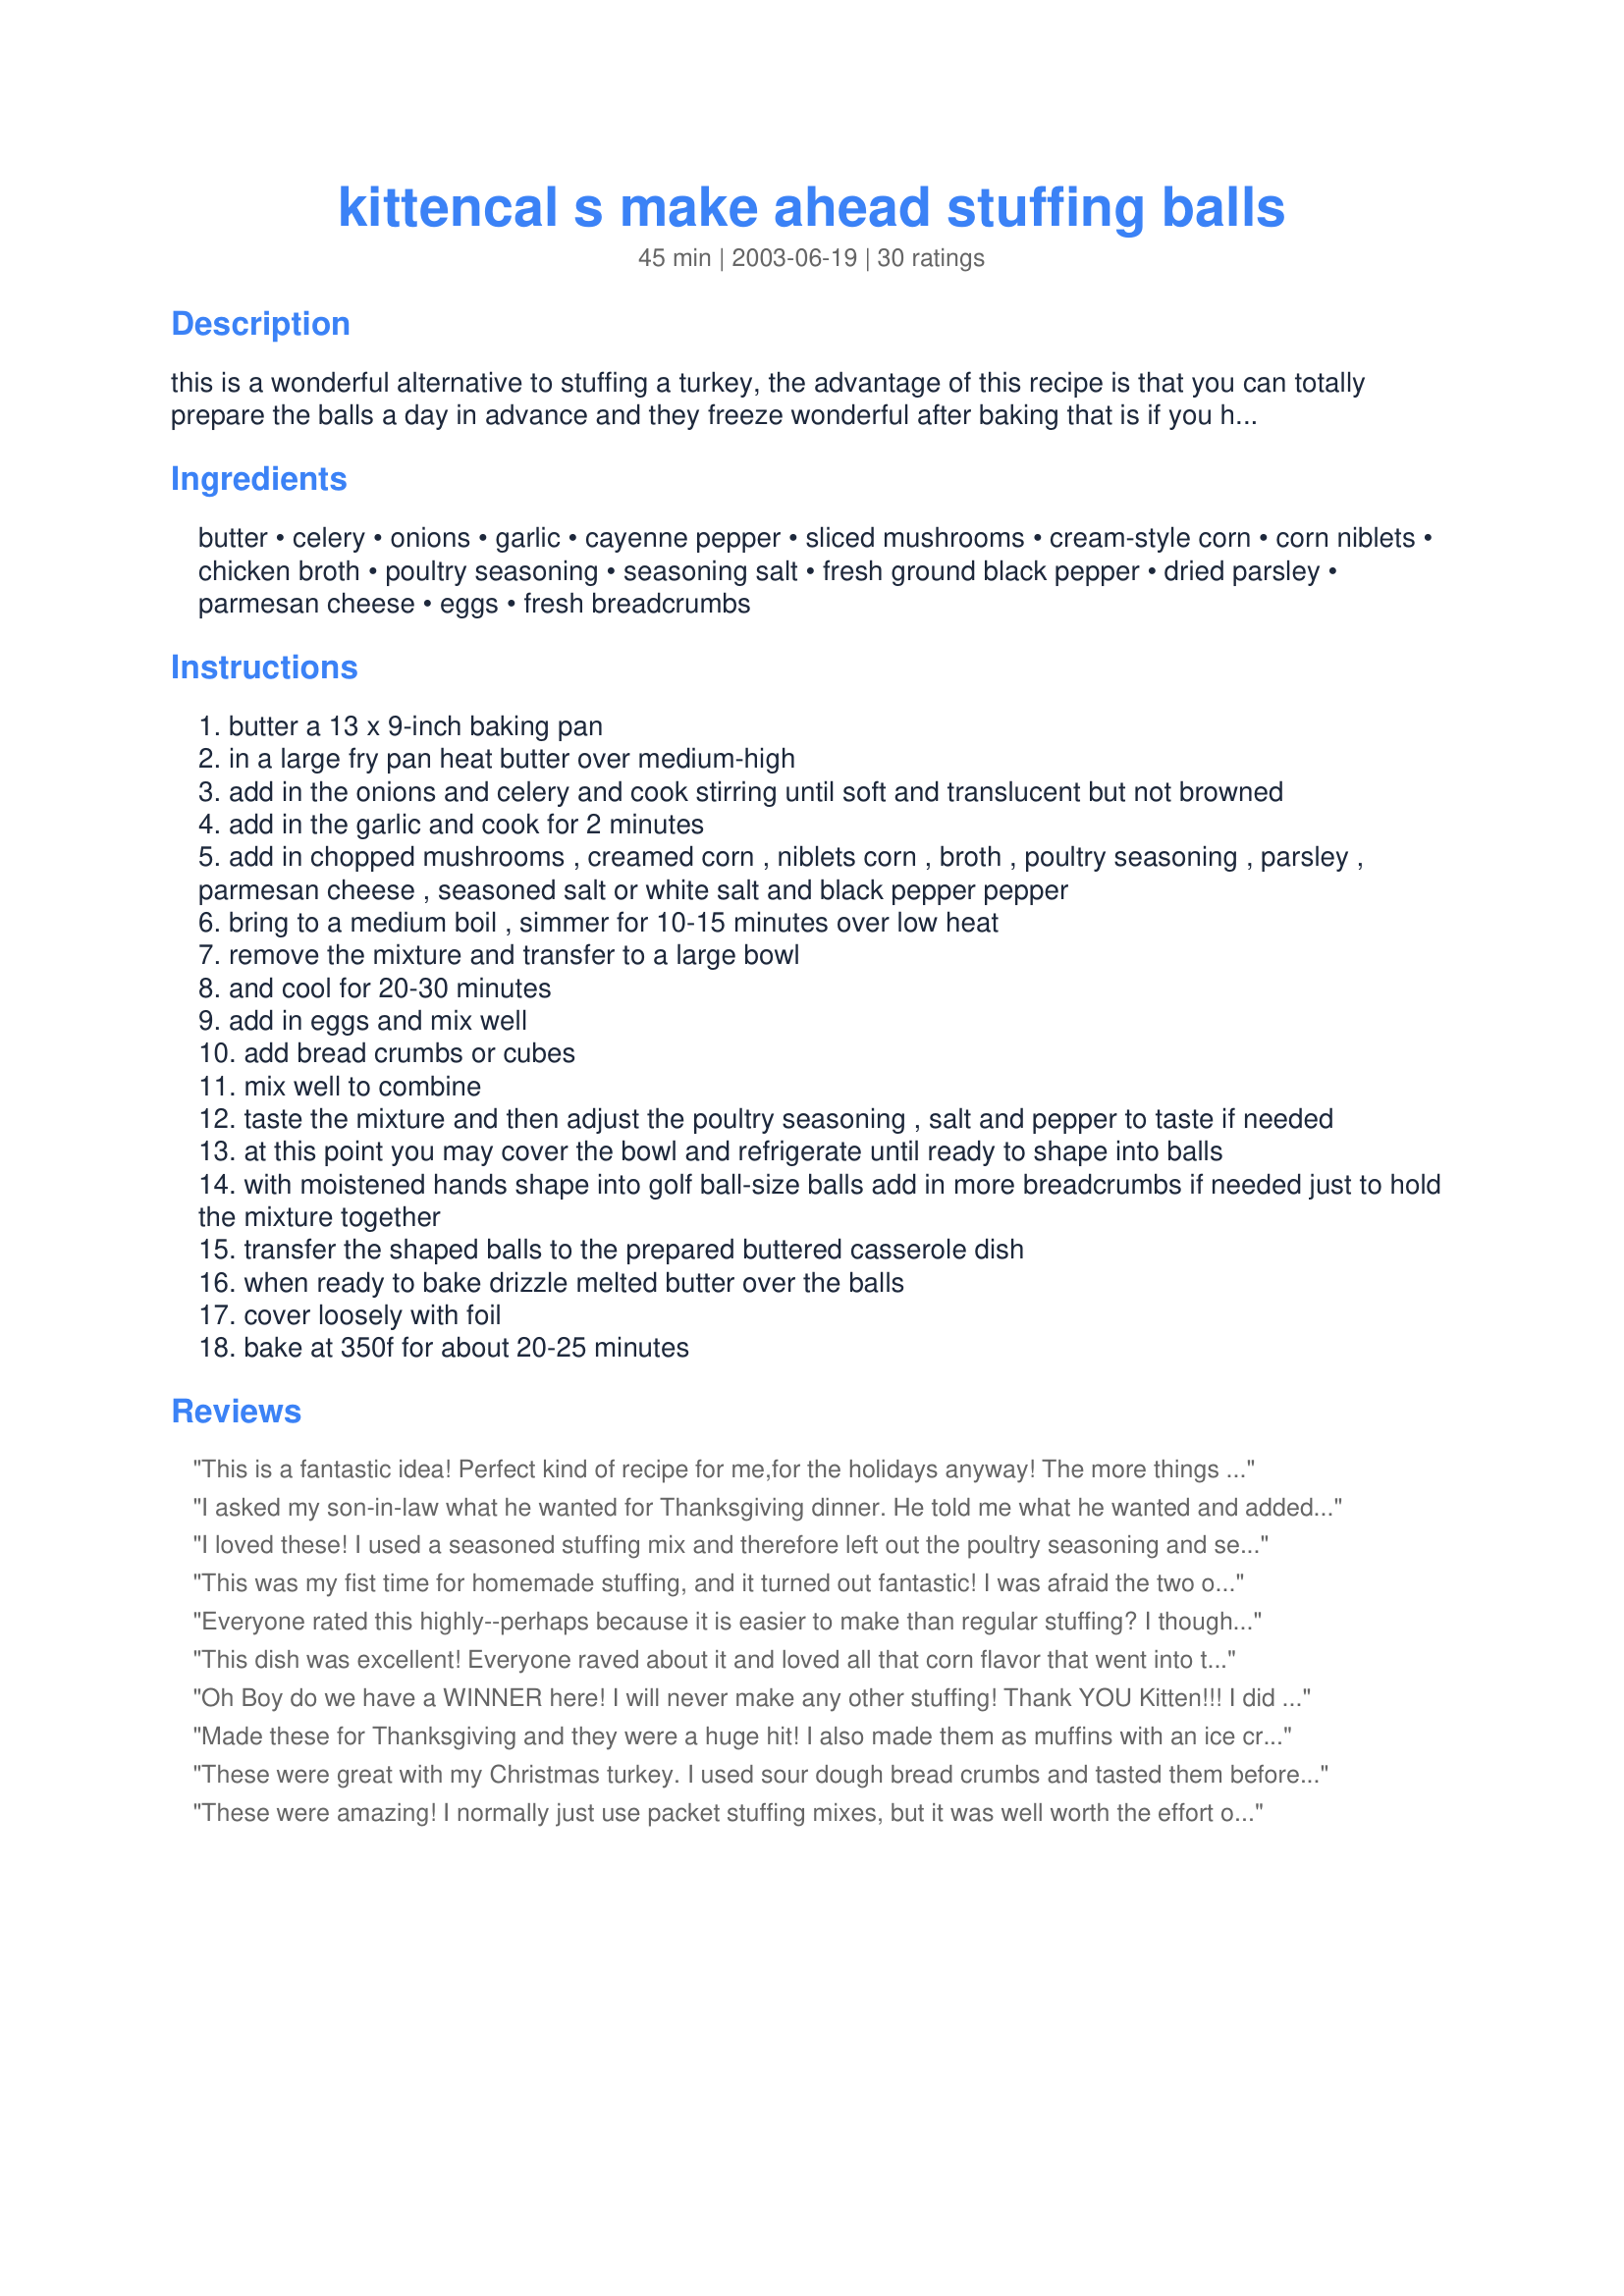
kittencal s make ahead stuffing balls
Preparation time: 45 minutes

this is a wonderful alternative to stuffing a turkey, the advantage of this recipe is that you can totally prepare the balls a day in advance and they freeze wonderful after baking that is if you have any left which you probably won't lol! --- i sometimes add in some finely crumbled cooked sausage meat or cooked crumbled bacon and chopped cranberries to these, i find that a 1-pound loaf of 2-3 day old bread is just the perfect amount to use for this recipe, although you might have a cup or more left over, i slice the bread into about 1-inch cubes --- don't wait until the holidays to make these they are a wonderful change from potatoes and *so* good! :)

Ingredients:
butter, celery, onions, garlic, cayenne pepper, sliced mushrooms, cream-style corn, corn niblets, chicken broth, poultry seasoning, seasoning salt, fresh ground black pepper, dried parsley, parmesan cheese, eggs, fresh breadcrumbs

Steps:
butter a 13 x 9-inch baking pan
in a large fry pan heat butter over medium-high
add in the onions and celery and cook stirring until soft and translucent but not browned
add in the garlic and cook for 2 minutes
add in chopped mushrooms , creamed corn , niblets corn , broth , poultry seasoning , parsley , parmesan cheese , seasoned salt or white salt and black pepper pepper
bring to a medium boil , simmer for 10-15 minutes over low heat
remove the mixture and transfer to a large bowl
and cool for 20-30 minutes
add in eggs and mix well
add bread crumbs or cubes
mix well to combine
taste the mixture and then adjust the poultry seasoning , salt and pepper to taste if needed
at this point you may cover the bowl and refrigerate until ready to shape into balls
with moistened hands shape into golf ball-size balls add in more breadcrumbs if needed just to hold the mixture together
transfer the shaped balls to the prepared buttered casserole dish
when ready to bake drizzle melted butter over the balls
cover loosely with foil
bake at 350f for about 20-25 minutes

Reviews:
This is a fantastic idea! Perfect kind of recipe for me,for the holidays anyway! The more things I can get done and out of the way, the better! There are just the two of us, and we've got stuffing balls galore!I saved some out, then froze the rest for the holidays. Hubby loves turkey dinners! We have them 3 or 4 times a year . Great recipe! Thanks Kitten!
I asked my son-in-law what he wanted for Thanksgiving dinner. He told me what he wanted and added "no dressing". I love dressing so I thought I'd find a new recipe and try it. As usual when I look for a new recipe I go to Kittencals cookbook first. Found this recipe made it exactly as stated, took it over for dinner. My SIL tried one, then two then three. He asked that I make them agian for Christmas dinner. Once again kitten came through for me. I also took some to the Mission House that I volunteer at and they loved them also. Thanks Kit.
I loved these! I used a seasoned stuffing mix and therefore left out the poultry seasoning and seasoned salt. I mixed them up the night before and shaped them and threw them in the oven that day. They turned out great! Thanks!
This was my fist time for homemade stuffing, and it turned out fantastic! I was afraid the two onions would be too much, but it ended up being just right. I only used one small can of corn, instead of a big one, and left out the creamed corn, completely. They were a huge hit and will be a yearly staple. I also made your deviled eggs (another first for me) and they were great, too. Thanks for all your great recipes!
Everyone rated this highly--perhaps because it is easier to make than regular stuffing? I thought it was ordinary (a step up from StoveTop), and a little heavy in the corn department. It is tasty and easy, but I guess I like those passed down family stuffing recipes better.
This dish was excellent! Everyone raved about it and loved all that corn flavor that went into this recipe. Rolling them into golf-size balls made double the serving (about 36 balls), but everything else was perfect. This is the first time I made stuffing, thanks for the great recipe!
Oh Boy do we have a WINNER here! I will never make any other stuffing! Thank YOU Kitten!!! I did change the onion to one medium, and I used two creamed corns instead of using the corn niblets. I made my own bread crumbs from two failed roll attempts. I used my cookie scoop. They looked the size of golf balls to me, but I got double the amount listed. These were enjoyed by all stuffing lovers at Thanksgiving Dinner! Thanks again Kittennnnn!!!
Made these for Thanksgiving and they were a huge hit! I also made them as muffins with an ice cream scoop. Delicious! Thank you so much for another wonderful recipe!
These were great with my Christmas turkey. I used sour dough bread crumbs and tasted them before forming into balls and felt they were lacking in flavor so I added 3/4 tsp. sage and 1/2 tsp. thyme. Since I was baking with my turkey at 325 degrees, I covered them with foil and baked for 30 minutes and then uncovered and baked for an additional 15 minutes, and them browned the tops slightly under the broiler. Thanks so much for sharing Kittencal.
These were amazing! I normally just use packet stuffing mixes, but it was well worth the effort of making my own. Loved the flavour in these too, just wonderful with our roast!
Excellent! This freezes great which I appreciate for the two of us. I had made this some time ago to go with a brined turkey breast, and then froze the leftover stuffing balls in portions. I made it as posted and loved it then. Tonight had a convenient meal- two stuffing balls in a foil lined pan topped with 2 raw seasoned pork chops, covered with foil and baked for one hour, removed the foil and baked another 15 minutes. Served this with Recipe#196665. Thanks Kitten for a keeper! Made for I Recommend tag.
I made these for Christmas dinner. Wonderful flavor. I followed the directions as written but it seemed a little runny so I kept adding more bread until I got, what I thought was the perfect consistency. I made into balls and baked in muffin tins. They did however stick. Badly. So I scraped out what I could. They weren't the prettiest things by the time they made it to the table but the taste made up for it. Thanks Kitten.
WOW, is so right for this dish! I'm rating this 100 stars. and talk about easy to make, I prepared these balls the night before my big dinner then just baked them the next day, I made double the recipe, I had lots of compny for my dinner, and there was not one ball left! I left out the garlic, and only still used one really large onion for a double recipe, everyone thought they were wonderful, and next to your prime rib, this was a star attraction! this is truley a winner, I am so happy that I decided to make these. THANK YOU a million times KITTENCAL, your recipes are THE BEST!
I made these into a little smaller than ping pong ball servings for appetizer size servings at my husband's family get together for Christmas. They were easy to make, delicious, and totally GONE! I will make them again as a side dish for meals. Thanks for the perfect item I needed to round out our menu!!!!!
This was the first time I had made stuffing that didn't start with a box. And it was really good stuffing! But the balls didn't all hold their shape. Maybe they sat waiting their turn in the oven too long after I shaped them, but about a third of them totally fell to pieces in the oven. Not a big deal, still delicious! Thanks for posting. :)
Made this for thanksgiving lunch. It was a major hit! I only used one whole onion, left out cream style corn, left out mushrooms, and used panko (japanese breadcrumbs). I used a mini muffin pan to bake and it turned out great! Thank you!
This recipe is WONDERFUL!! YUM YUM. I made this for Thanksgiving this year and we couldn't stop raving about it. The only drawback: this recipe is missing some important steps. If you are like me, and don't read through carefully before you start, you will be left to ad lib. Be sure not to forget the onion, even though it is not listed as an ingredient. (I used about as much onion as there was celery.) Also, it never said when to add some of the seasonings. I don't think it much matters, but I threw them in with the sauteed stuff. And I was also left to guess at the temperature at which to bake, so I just put it in with my green bean casserole at 350 and it turned out great. It took about 30-40 minutes though, so a little longer than stated. Great in ball-shaped or dished servings. SUPER RECIPE!!!! Thanks!
The family really enjoyed these which is a surprise because they never want me to stuff a turkey. I used a can of hominy due to no kernel corn in the house and I used 7 cups Stove Top Dressing. Also added an extra tsp of sage along with the 3 tsps of poultry seasoning. Would like to try them with some sausage next time.
Great recipe idea!! Worked perfectly with a sort of bring your own "potluck"/buffet Thanksgiving get-together...I tagged these for the healthy choices game so I lightened them up a bit (which also pleased my always dieting SIL(s) :) ) - used a veggie broth blend instead of butter and egg beaters and apple sauce to bind...I also used fresh sage (lots) and threw in some dried cranberries on a last impulse while mixing to make them more festive looking...I am bad but I like these for just snacking cold too!!! The batch I saved for my DH got the butter while baking and he loved them - THANKS KITTENCAL this recipe was fabulous!!
The were my first attempt at making stuffing and it couldn't have been easier. I assemble them the night before and popped them in with my turkey. My guests loved the idea of the balls and because they were balls I could just put them in Ziploc bags to take home with them. Thank you for making my day easier.
These are delicious! I have made these for the last few Thanksgiving and my family always asks to make sure I will be making them again. Thank you for a great recipe.
I made these for dinner for 7 and everyone loved them. Instead of making stuffing balls, I made them into STUFFING MUFFINS.... (Idea from Rachel Ray). I scooped them into muffin tins with an ice cream scooper. The tops and sides were crispy and very very yummy. Great recipe.
WOW!! This was an absolutely amazing dish!
I had 17 for dinner, so I tripled the recipe and made 45 stuffing balls, and they were ALL GONE!
I got rave reviews and DH has requested I make this for each Holiday Dinner.
They were a nice consistency, not squishy like stuffing can sometimes be. The only thing I did differently was to add tons of sage, as we love the stuff.
This is a keeper, I wish I could give it 10 stars. Thanks for a winning recipe Kitten!
Update: Oct 10/06 I am still making this for every Holiday, and made it for Thanksgiving this year. Again, it got raves and it will ALWAYS be a part of my Holiday table! Love ya Carol!
I served these for Christmas dinner and almost everyone loved them. The recipe made 18 balls. I had three left over and my husband and I will eat these today for dinner. Thanks again for a great recipe.
Made these at Thanksgiving. They were wonderful and everyone loved them.
Kittencal does it again for a great stuffing recipe. This was by far my husbands favorite dish on Thanksgiving, and it was even better with leftovers. Very easy to make even though it has many ingredients. I usually try to stay away from recipes with too many. Kittencal thank you so much for all of the great recipes you have posted, you have turned a not so good cook to someone that looks as though she is a great cook. My whole family thanks you.
So good! I used a light rye bread and chopped linguica. I made it two days before Thanksgiving and by Thanksgiving the flavors melded and were divine. I recommend the cayenne pepper for sure.
this was very good. i have never made stuffing before. i didnt make balls just put it in a pan and cooked it all together and i just put in the cream of corn not the corn niblets or mushrooms, though i should have put the mushrooms i just didnt have them. i also use wheat bread. it came together very nice and tasted delicious. thank you for this.
I made these for a Thanksgiving party for over 250 people. These were perfect because they were small and individal portions so it was easy to take one from the buffet table. Peopel raved about how tasty they were. They came out nice and crisy on the outside and soft in the middle. Since there is no creamed corn in Israel and I didn't want it to be dairy, I made my own using soy milk. It was great. Also, since I was making so much, I didn't bother with all of the steps and sauteing and just through everything together in a huge pot and mixed it. This is truly a winner!
Turned out great! I used my own sauteed mushrooms instead of canned. I've never used garlic, parmesan cheese or corn in my stuffing before, but it turned out to be a nice change. I made too many and I'm looking forward to freezing the rest and enjoying them in the weeks to come. Thanks for posting the recipe.
